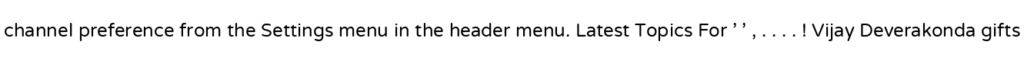
channel preference from the Settings menu in the header menu. Latest Topics For ' ' , . . . . ! Vijay Deverakonda gifts